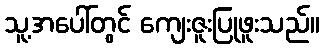
သူ့အပေါ်တွင် ကျေးဇူးပြုဖူးသည်။